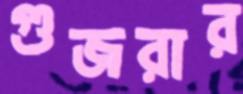
গুজরার